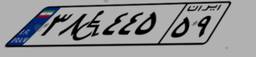
۳۸W۴۴۵۵۹